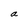
Character: a